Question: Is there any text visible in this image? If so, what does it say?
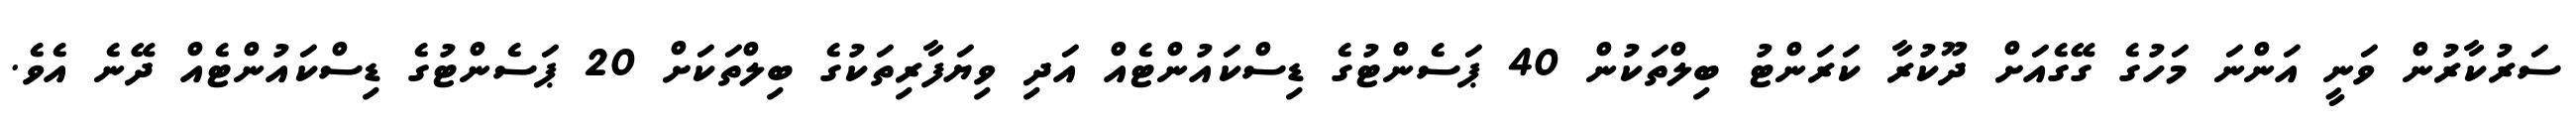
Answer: ސަރުކާރުން ވަނީ އަންނަ މަހުގެ ގޭގެއަށް ދޫކުރާ ކަރަންޓު ބިލްތަކުން 40 ޕަސެންޓުގެ ޑިސްކައުންޓެއް އަދި ވިޔަފާރިތަކުގެ ބިލްތަކަށް 20 ޕަސެންޓުގެ ޑިސްކައުންޓެއް ދޭނެ އެވެ.